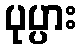
ပုပ္ပား